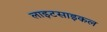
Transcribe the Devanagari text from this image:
लाइटसाइकल